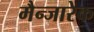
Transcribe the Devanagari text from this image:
मैन्जारेक